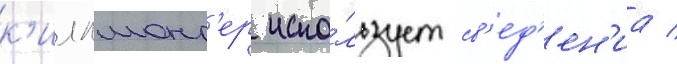
к'иллмонг'ер испо́льзует св'ед'ен'иа /